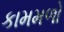
કામમળો